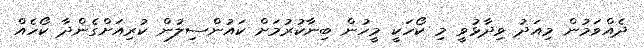
ދެއްވަމުން މިއަދު ވިދާޅުވީ މި ކޯހަކީ މީހުން ބިނާކުރުމަށް ކައުންސިލުން ކުރިއަށްގެންދާ ކޯހެއް